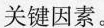
关键因素。